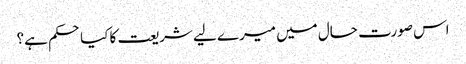
اس صورت حال میں میرے لیے شریعت کا کیاحکم ہے؟